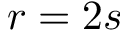
r = 2 s